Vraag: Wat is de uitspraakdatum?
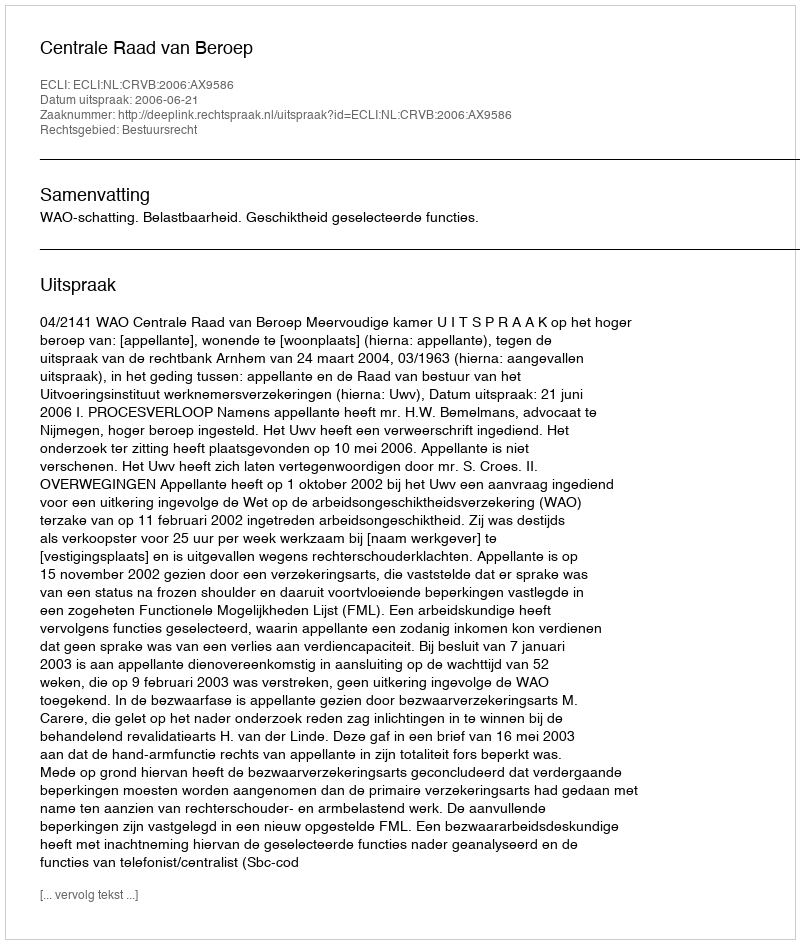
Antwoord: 2006-06-21